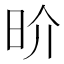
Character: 𰕷